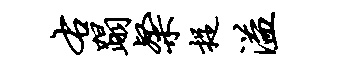
右蹋粲捉溢